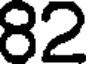
82